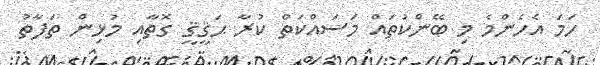
ހަމަ އެހެންމެ މި ބޭންކުތައް މަސައްކަތް ކުރާ ޙަޤީޤީ ގޮތާއި މުޅިން ތަފާތު